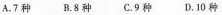
A.7种 B.8种 C.9种 D.10种